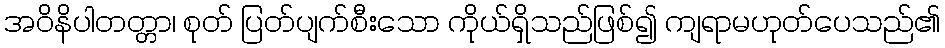
အဝိနိပါတတ္တာ၊ စုတ် ပြတ်ပျက်စီးသော ကိုယ်ရှိသည်ဖြစ်၍ ကျရာမဟုတ်ပေသည်၏